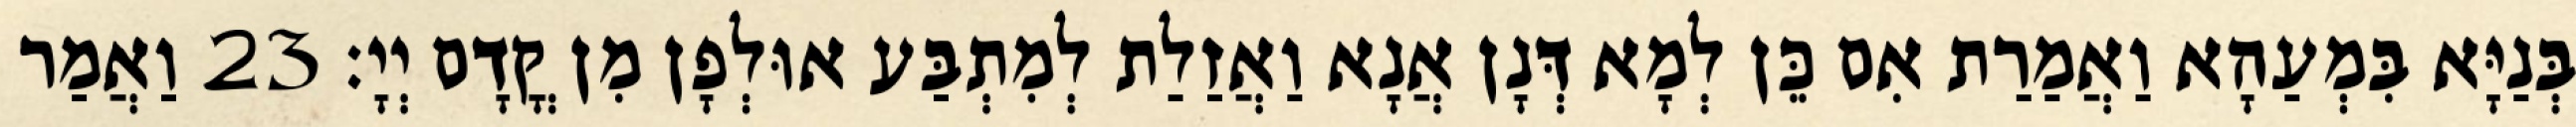
בְּנַיָּא בִּמְעַהָא וַאֲמַרַת אִם כֵּן לְמָא דְּנָן אֲנָא וַאֲזַלַת לְמִתְבַּע אוּלְפָן מִן קֳדָם יְיָ׃ 23 וַאֲמַר